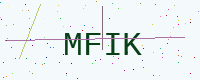
Text: MFIK